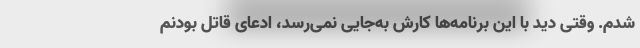
شدم. وقتی دید با این برنامه‌ها کارش به‌جایی نمی‌رسد، ادعای قاتل بودنم